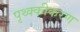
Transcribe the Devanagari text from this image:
पृथ्क्कीकरण